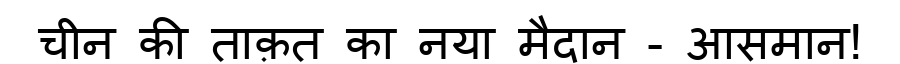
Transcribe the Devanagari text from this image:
चीन की ताक़त का नया मैदान - आसमान!